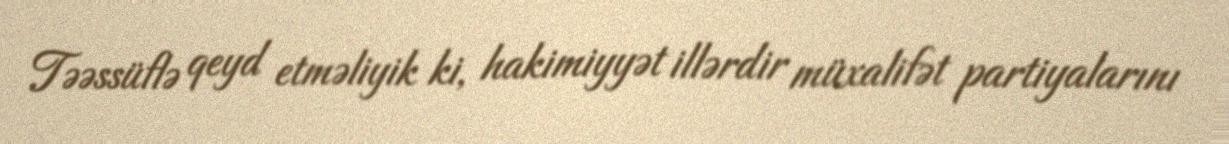
Təəssüflə qeyd etməliyik ki, hakimiyyət illərdir müxalifət partiyalarını